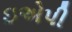
ઇએપી